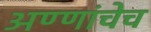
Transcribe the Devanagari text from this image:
अण्णांचेच